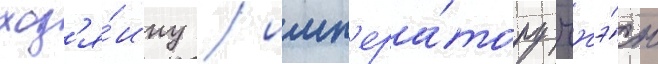
хоз'я́ину / имп'ера́тору чжэ́н